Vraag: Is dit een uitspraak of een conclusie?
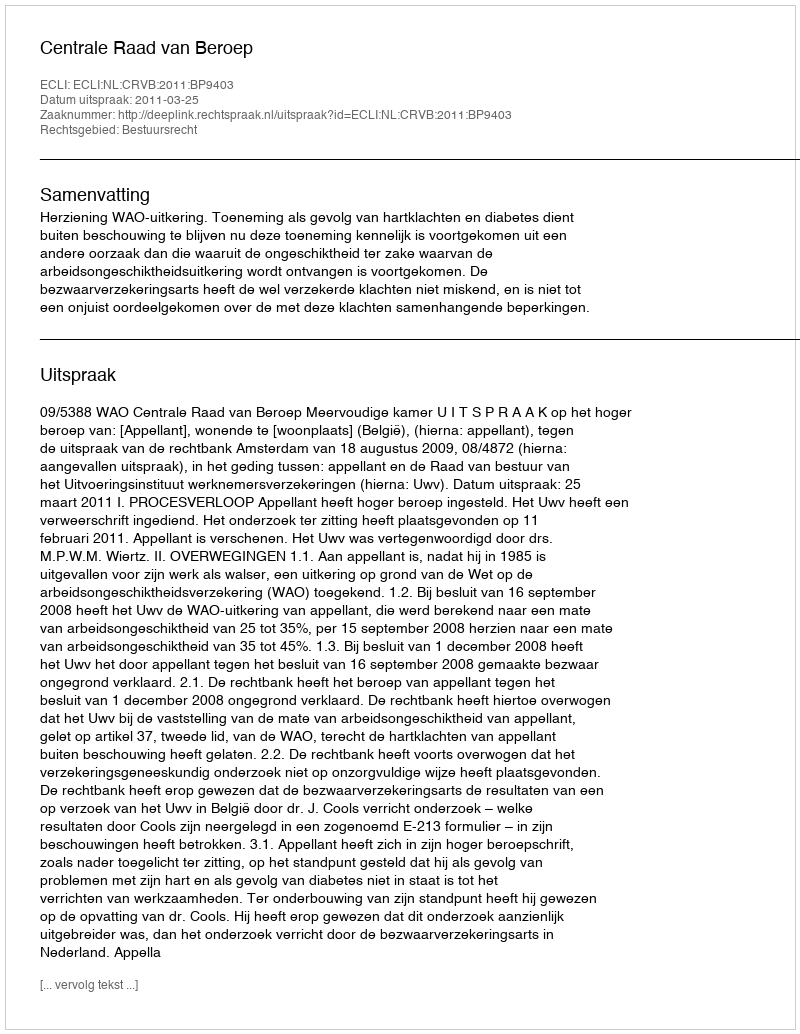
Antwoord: Uitspraak